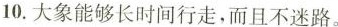
10.大象能够长时间行走，而且不迷路.